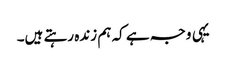
یہی وجہ ہے کہ ہم زندہ رہتے ہیں۔